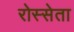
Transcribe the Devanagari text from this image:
रोस्सेता